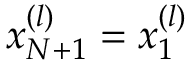
x _ { N + 1 } ^ { ( l ) } = x _ { 1 } ^ { ( l ) }